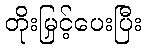
တိုးမြှင့်ပေးပြီး